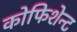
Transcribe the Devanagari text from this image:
कोफिशेन्ट